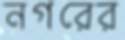
নগরের